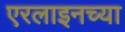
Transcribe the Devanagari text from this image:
एरलाइनच्या